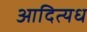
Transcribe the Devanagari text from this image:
आदित्यध